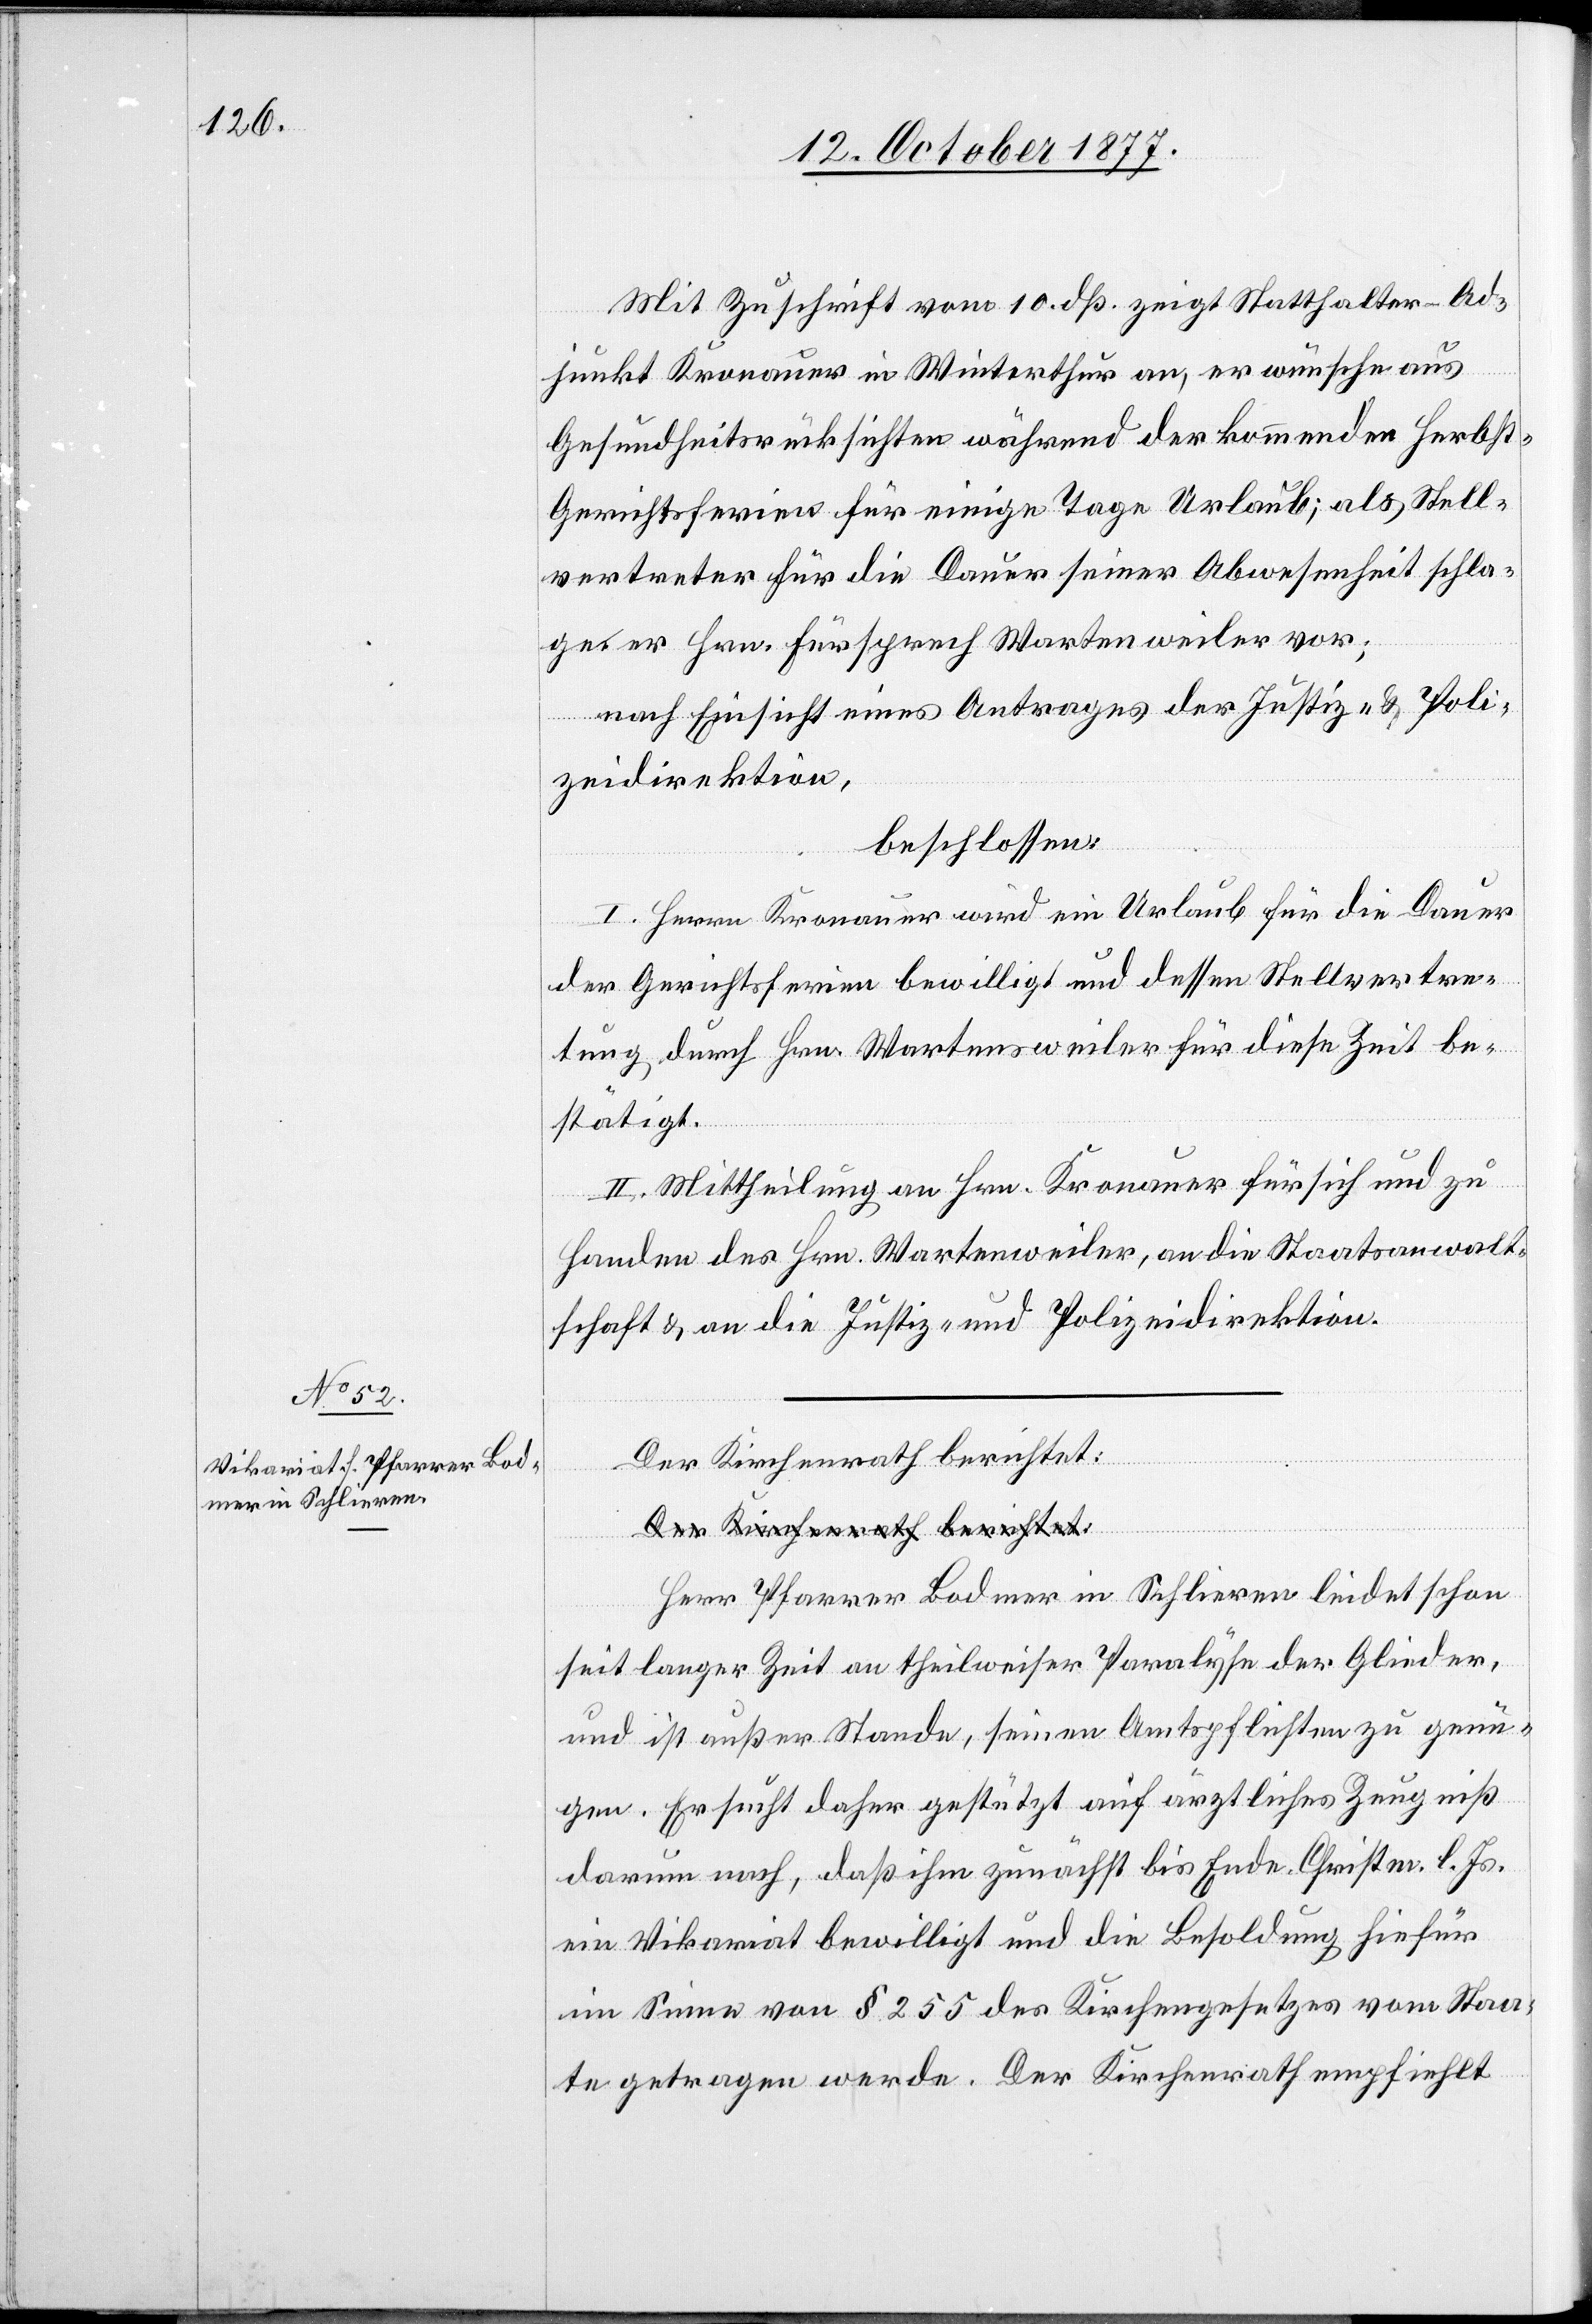
Mit Zuschrift vom 10. dß. zeigt Statthalter-Ad¬
junkt Kronauer in Winterthur an, er wünsche aus
Gesundheitsrücksichten während der kommenden Herbs¬
t-Gerichtsferien für einige Tage Urlaub; als Stell¬
vertreter für die Dauer seiner Abwesenheit schla¬
ge er Hrn. Fürsprech Wartenweiler vor;
nach Einsicht eines Antrages der Justiz- & Poli¬
zeidirektion,
beschlossen:
I. Herrn Kronauer wird ein Urlaub für die Dauer
der Gerichtsferien bewilligt und dessen Stellvertre¬
tung durch Hrn. Wartensweiler [sic!] für diese Zeit be¬
stätigt.
II. Mittheilung an Hrn. Kronauer für sich und zu
Handen des Hrn. Wartenweiler, an die Staatsanwalt¬
schaft & an die Justiz- und Polizeidirektion.
Der Kirchenrath berichtet:
a-Der Kirchenrath berichtet:-a
Herr Pfarrer Bodmer in Schlieren leidet schon
seit langer Zeit an theilweiser Paralyse der Glieder,
und ist außer Stande, seinen Amtspflichten zu genü¬
gen. Er sucht daher gestützt auf ärztliches Zeugniß
darum nach, daß ihm zunächst bis Ende Christm. l. Js.
ein Vikariat bewilligt und die Besoldung hiefür
im Sinne von § 255 des Kirchengesetzes vom Staa¬
te getragen werde. Der Kirchenrath empfiehlt